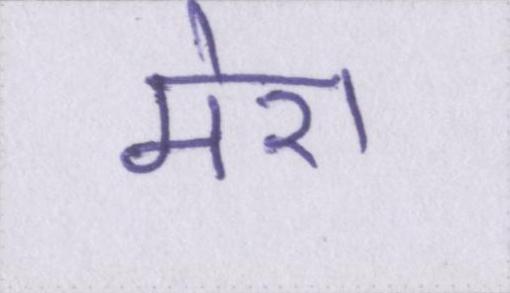
मेरा